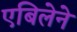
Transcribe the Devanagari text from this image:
एबिलेने